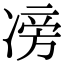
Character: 𠗵